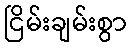
ငြိမ်းချမ်းစွာ